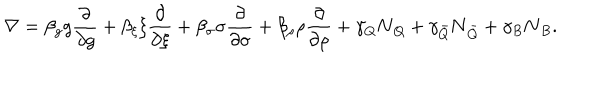
LaTeX: \nabla = \beta _ { g } g \frac { \partial } { \partial g } + \beta _ { \xi } \xi \frac { \partial } { \partial \xi } + \beta _ { \sigma } \sigma \frac { \partial } { \partial \sigma } + \beta _ { \rho } \rho \frac { \partial } { \partial \rho } + \gamma _ { Q } \mathbf { N } _ { Q } + \gamma _ { \bar { Q } } \mathbf { N } _ { \bar { Q } } + \gamma _ { B } \mathbf { N } _ { B } .